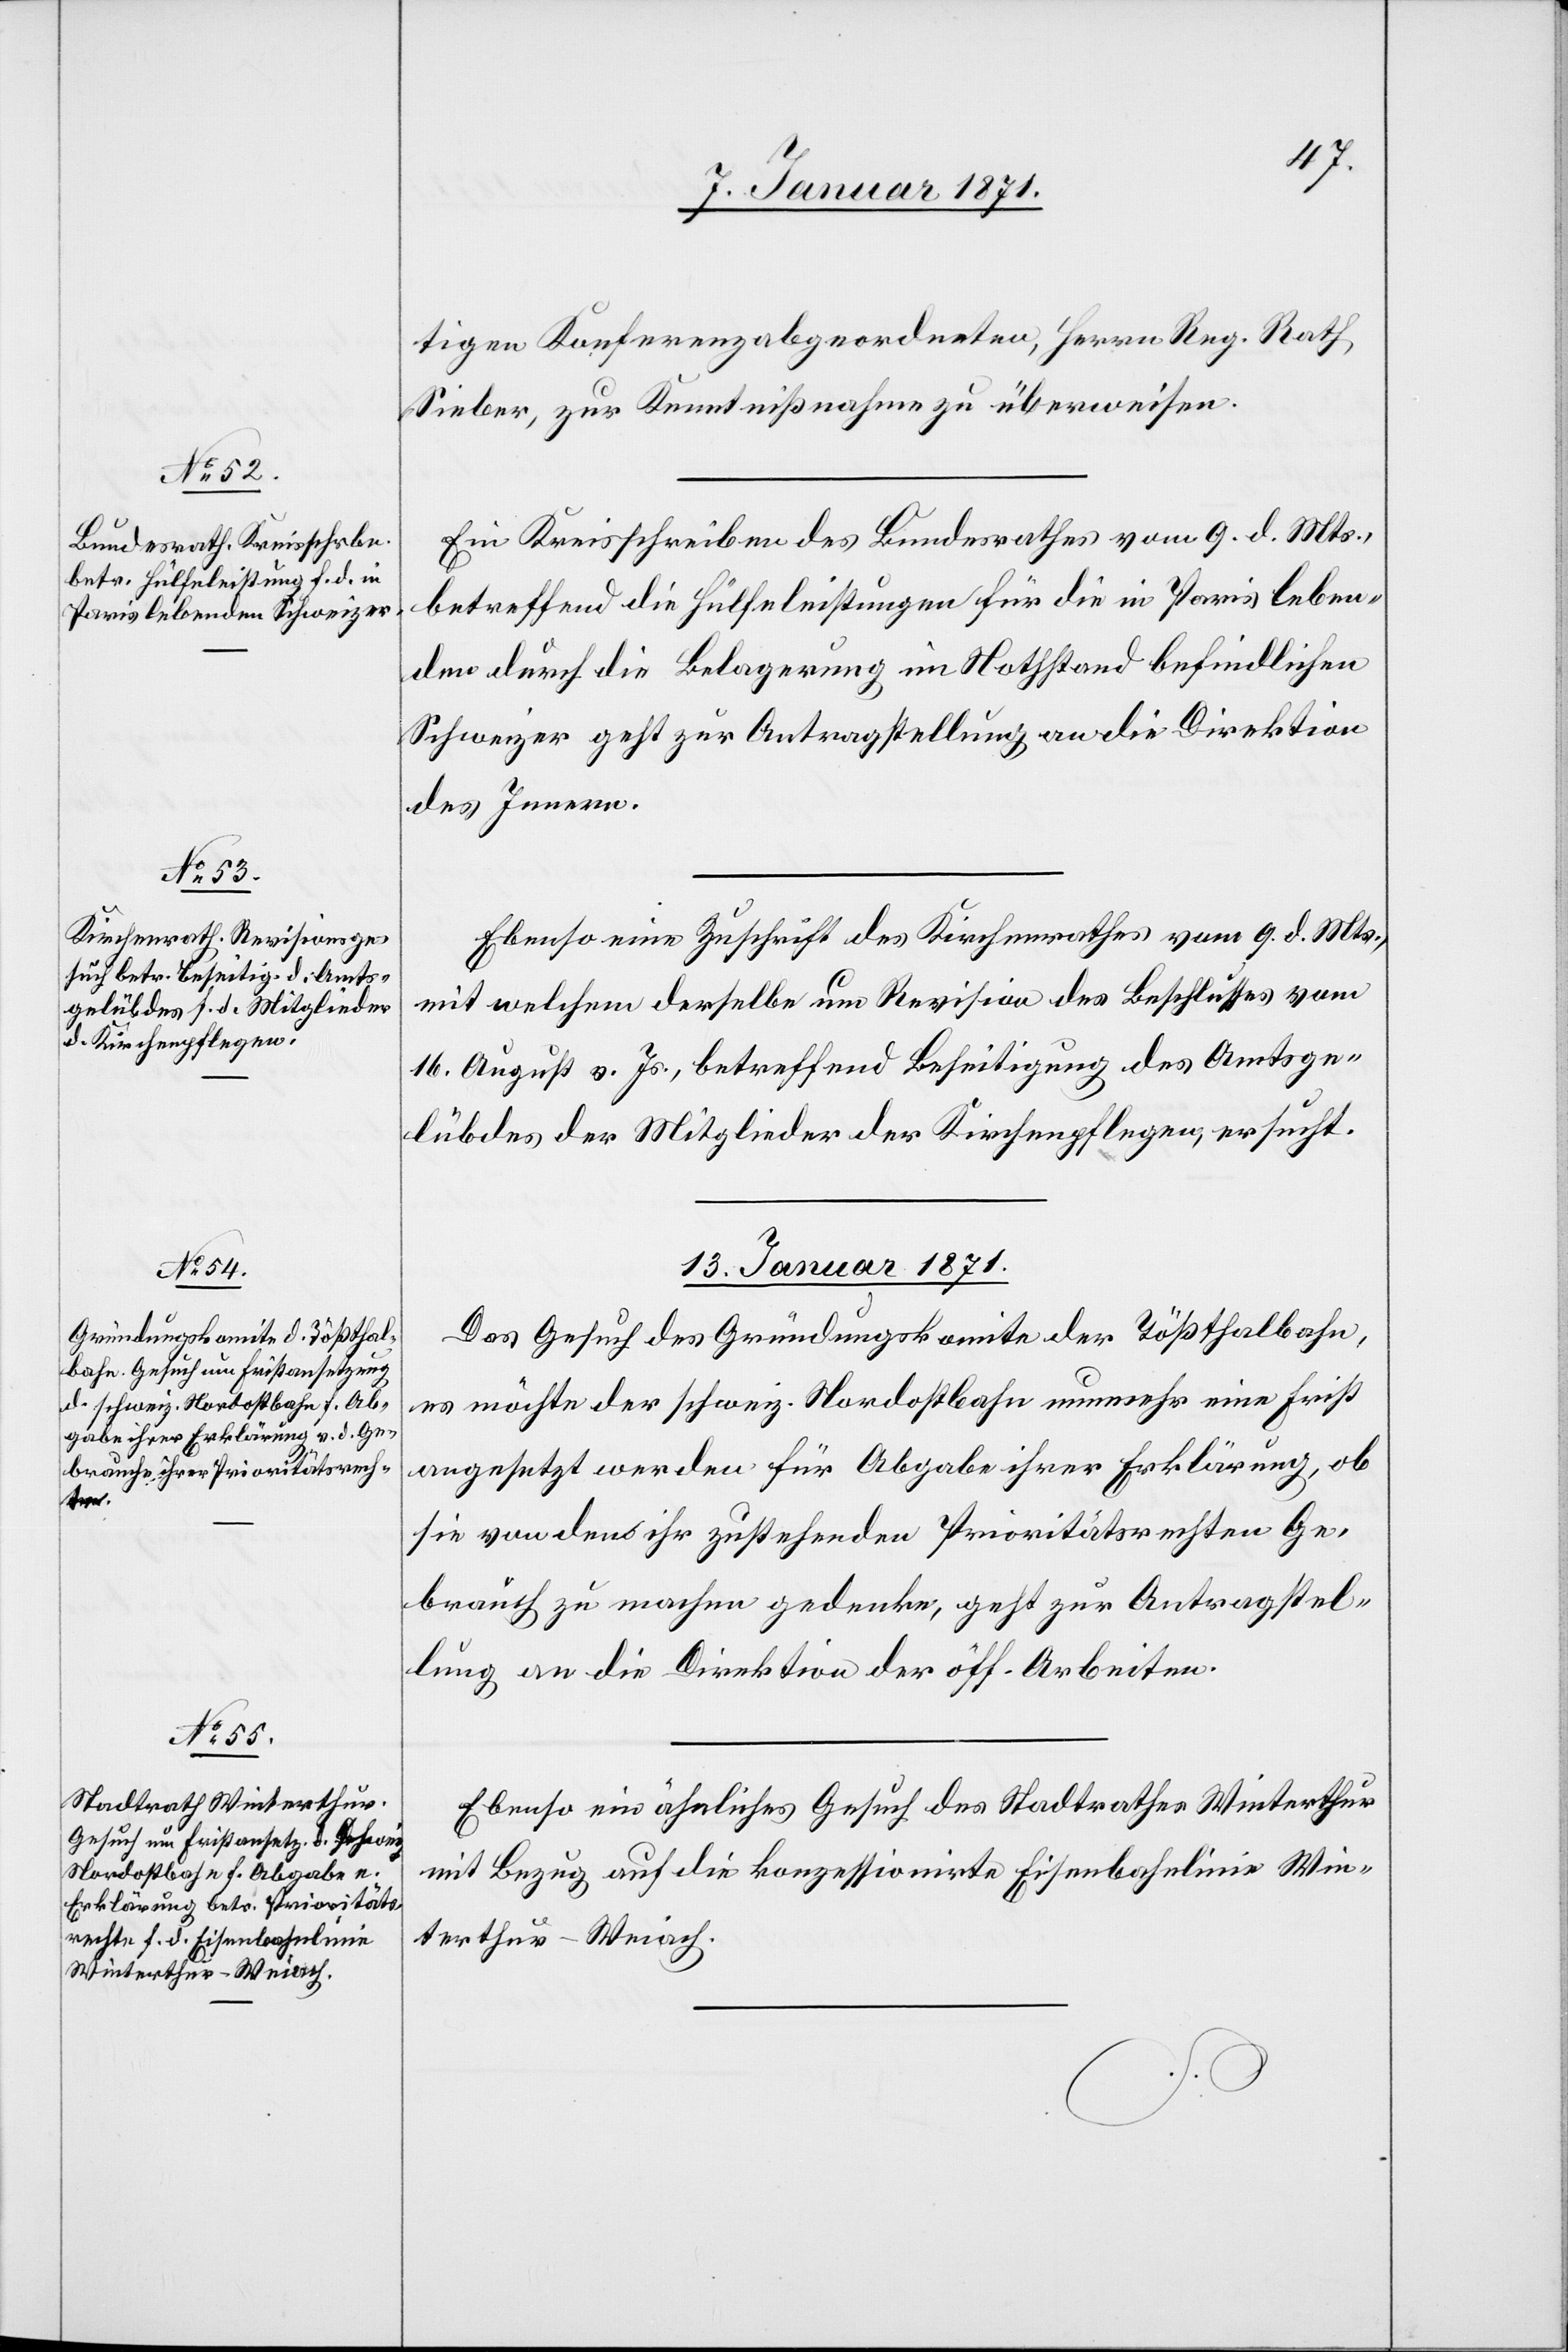
tigen Konferenzabgeordneten, Herrn Reg. Rath
Sieber, zur Kenntnißnahme zu überweisen.
Ein Kreisschreiben des Bundesrathes vom 9. d. Mts.,
betreffend die Hülfeleistungen für die in Paris leben¬
den durch die Belagerung im Nothstand befindlichen
Schweizer geht zur Antragstellung an die Direktion
des Innern.
Ebenso eine Zuschrift des Kirchenrathes vom 9. d. Mts.,
mit welchem derselbe um Revision des Beschlusses vom
16. August v. Js., betreffend Beseitigung des Amtsge¬
lübdes der Mitglieder der Kirchenpflegen ersucht.
13. Januar 1871.
Das Gesuch des Gründungskomite der Tößthalbahn,
es möchte der schweiz. Nordostbahn nunmehr eine Frist
angesetzt werden für Abgabe ihrer Erklärung, ob
sie von den ihr zustehenden Prioritätsrechten Ge¬
brauch zu machen gedenke, geht zur Antragstel¬
lung an die Direktion der öff. Arbeiten.
Ebenso ein ähnliches Gesuch des Stadtrathes Winterthur
mit Bezug auf die konzessionirte Eisenbahnlinie Win¬
terthur-Weiach.